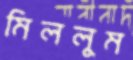
মিললুম